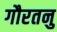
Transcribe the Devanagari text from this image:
गौरतनु